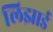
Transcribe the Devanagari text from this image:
लिझार्ड